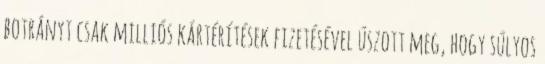
botrányt csak milliós kártérítések fizetésével úszott meg, hogy súlyos